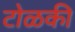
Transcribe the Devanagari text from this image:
टोळकी